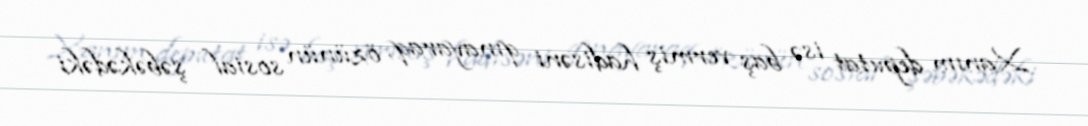
Xanım deputat isə baş vermiş hadisəni qınayaraq, özünün sosial şəbəkədəki